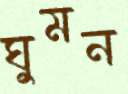
ঘুমন